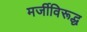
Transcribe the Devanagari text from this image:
मर्जीविरूद्ध